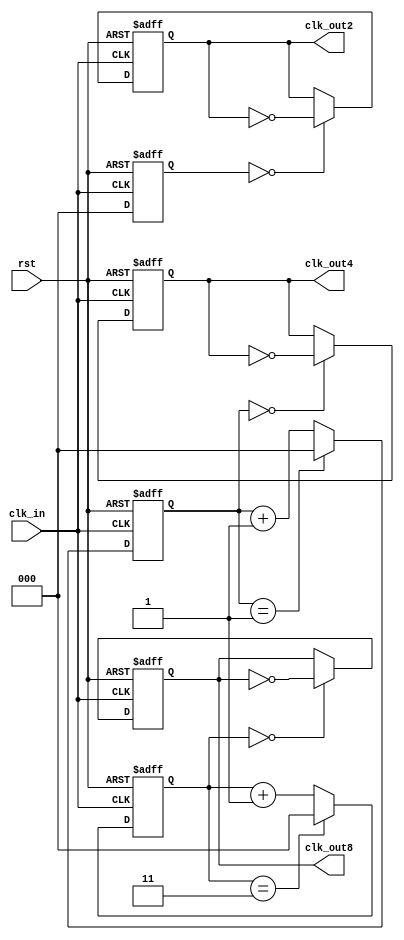
`timescale 1ns/1ns

module even_div
    (
    input     wire rst ,
    input     wire clk_in,
    output    wire clk_out2,
    output    wire clk_out4,
    output    wire clk_out8
    );
//*************code***********//
reg[2:0] cnt_2, cnt_4, cnt_8;
reg clk_out2_r, clk_out4_r, clk_out8_r;

assign clk_out2 = clk_out2_r;
assign clk_out4 = clk_out4_r;
assign clk_out8 = clk_out8_r;

always @(posedge clk_in or negedge rst) begin
    if(!rst) cnt_2 <= 0;
    else if(cnt_2 == 0) cnt_2 <= 0;
    else cnt_2 <= 0;
end

always @(posedge clk_in or negedge rst) begin
    if(!rst) cnt_4 <= 0;
    else if(cnt_4 == 1) cnt_4 <= 0;
    else cnt_4 <= cnt_4 + 1;
end

always @(posedge clk_in or negedge rst) begin
    if(!rst) cnt_8 <= 0;
    else if(cnt_8 == 3) cnt_8 <= 0;
    else cnt_8 <= cnt_8 + 1;
end

always @(posedge clk_in or negedge rst) begin
    if(!rst) begin
        clk_out2_r <= 0;  
        clk_out4_r <= 0;
        clk_out8_r <= 0;
    end
    else begin
       if(cnt_2 == 0) clk_out2_r <= ~clk_out2_r;
       if(cnt_4 == 0) clk_out4_r <= ~clk_out4_r;
       if(cnt_8 == 0) clk_out8_r <= ~clk_out8_r;
    end
end


//*************code***********//
endmodule